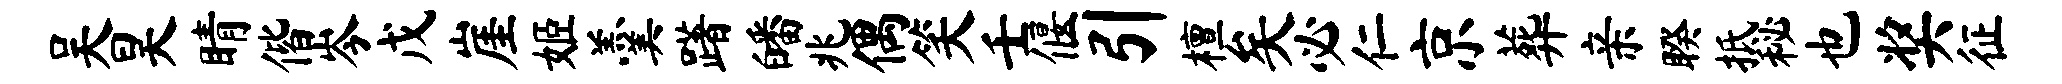
吴昊睛偕岑戊崖姬羹躇皤兆偶笑壬偃引檀矣必仁京葬亲睽抵秘也奖征